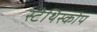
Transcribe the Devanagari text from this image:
स्टेथिस्कोप